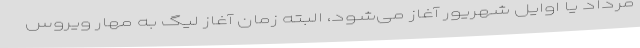
مرداد یا اوایل شهریور آغاز می‌شود، البته زمان آغاز لیگ به مهار ویروس